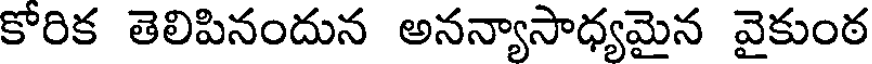
కోరిక తెలిపినందున అనన్యాసాధ్యమైన వైకుంఠ